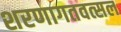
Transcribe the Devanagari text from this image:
शरणागतवत्सल